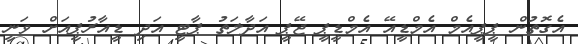
އެގޮތުން ޕީޕީއެމް އެމްޑީއޭ އެމްޑީޕީ ޖޭޕީ އަދާލަތު ޕާޓީ އަދި ޑީއާރުޕީއަށް ވަނީ